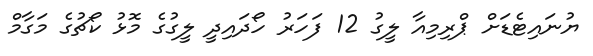
ޔުނައިޓެޑަށް ޕްރިމިއާ ލީގު 12 ފަހަރު ހޯދައިދީ ލީގުގެ މޮޅު ކޯޗުގެ މަގާމް